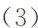
(3)